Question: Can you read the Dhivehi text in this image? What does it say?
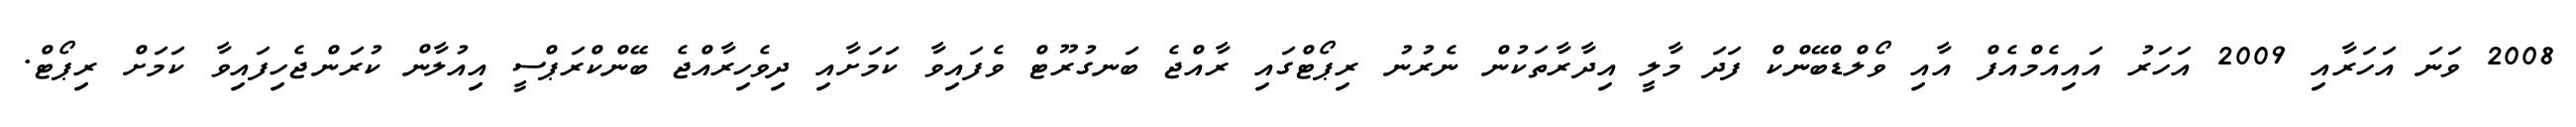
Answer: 2008 ވަނަ އަހަރާއި 2009 އަހަރު އައިއެމްއެފް އާއި ވޯލްޑްބޭންކް ފަދަ މާލީ އިދާރާތަކުން ނެރުނު ރިޕޯޓްގައި ރާއްޖެ ބަނގުރޫޓް ވެފައިވާ ކަމަށާއި ދިވެހިރާއްޖެ ބޭންކްރަޕްސީ އިއުލާން ކުރަންޖެހިފައިވާ ކަމަށް ރިޕޯޓް.